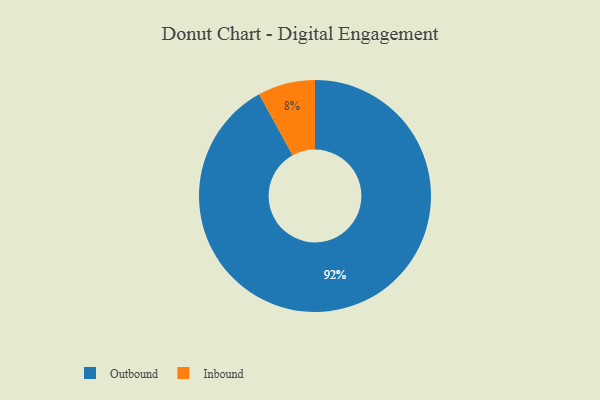
{"axis": {"x": "Category", "y": "Percentage"}, "legend": ["Inbound", "Outbound"], "data": [{"x": "Outbound", "y": 92, "type": "Outbound"}, {"x": "Inbound", "y": 8, "type": "Inbound"}]}